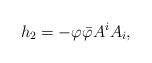
LaTeX: \begin{align*}h_{2}=-\varphi \bar{\varphi}A^{i}A_{i}, \end{align*}